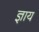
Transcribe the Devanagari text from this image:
ज्ञाय